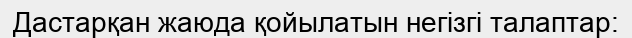
Дастарқан жаюда қойылатын негізгі талаптар: